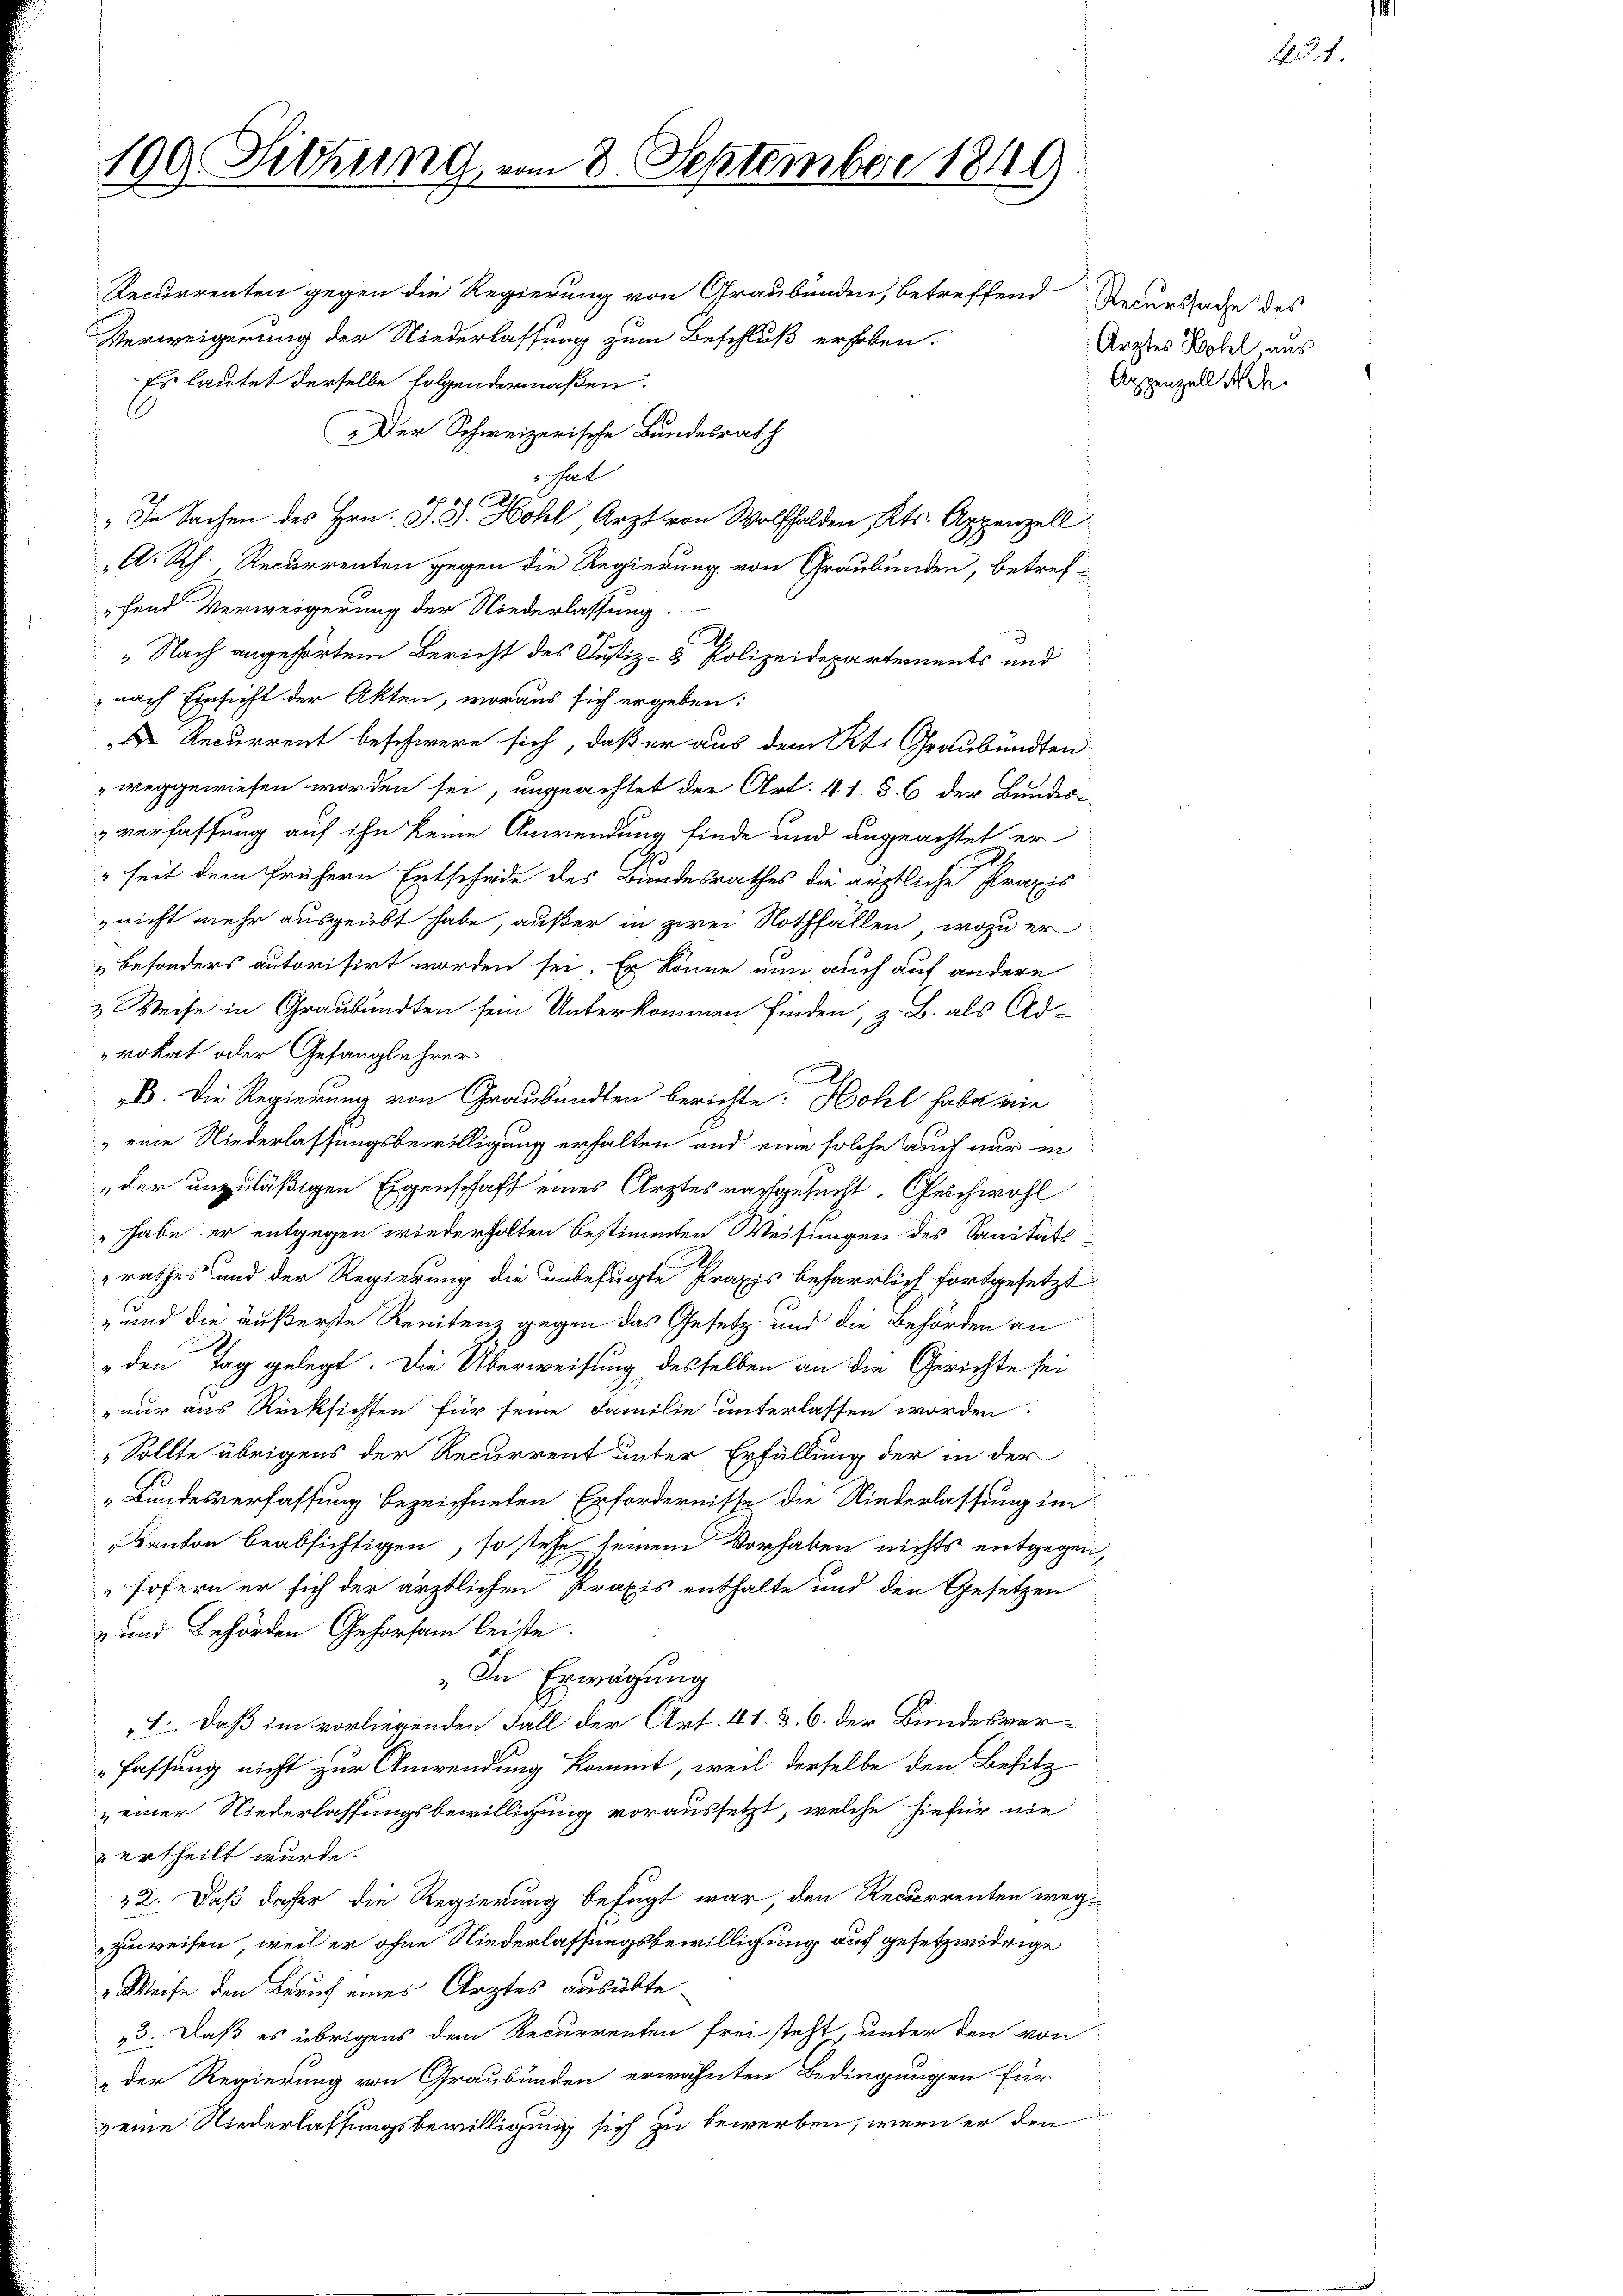
Recurrenten gegen die Regierung von Graubünden, betreffend Recurssade des
Verweigerung der Niederlassung zum Beschluß erhoben.
Es lautet derselbe folgendermaßen.
 Der Schweizerische Bundesrath
hal
" In Sachen des Hrn. J. J. Hohl Arzt von Wolfhalden Kts. Appenzell
A. Rh. Recurrenten gegen die Regierung von Graubünden, betreffend Verweigerung der Niederlassung.
d
A
" Nach angehörten Bericht des Justiz- & Polizeidepartements und
nach Einsicht der Akten, woraus sich ergeben:
 Recurrent beschwere sich, daß er aus dem Kt. Graubünden
weggewiesen worden sei, ungeachtet der Art. 41. S. 6 der Bundes-
verfassung auf ihn keine Anwendung finde und angeachtet er
" seit dem frühern Entscheide des Bandesrathes die ärztliche Praxis
„nicht mehr ausgeübt habe, außer in zwei Nothfällen, wozu er
„besonders autorisirt worden sei. Er könne nun auch auf andere
& Weise in Graubünden sein Unterkommen finden, z. B. als Ad-
rokat oder Gefanglehrer
Ah.
B. Die Regierung von Graubünden berichte: Hohl habe wie
„eine Niederlassungsbewilligung erhalten und eine solche auch nur in
"der unzuläßigen Eigenschaft eines Arztes nachgesucht. Geschwohl
" habe er entgegen wiederholten bestimmten Weisungen des Sanitätsrathes und der Regierung die unbefugte Praxis beharrlich fortgesetzt:
- und die äußerste Renitenz gegen das Gesetz und die Behörden an
„den Tag gelegt. Die Überweisung desselben an die Gerichte sei
nur aus Rücksichten für seine Familie unterlassen worden.
„Sollte übrigens der Recurrent unter Erfüllung der in der
„Bundesverfassung bezeichneten Erfordernisse die Niederlassung im
Kanton beabsichtigen, so stehe seinem Vorhaben nichts entgegen,
sofern er sich der ärztlichen Praxis enthalte und den Gesetzen
z und Behörden Gehorsam leiste.
„In Erwägung
1., daß im vorliegenden Fall der Art. 41. 3. 6. der Bundesverfassung nicht zur Anwendung kommt, weil derselbe den Besitz
„einer Niederlassungsbewilligung voraussetzt, welche hiefür nie
 ertheilt wurde.
12. Daß daher die Regierung befügt war, den Recurrenten wegzuweisen, weil er ohne Niederlassungsbewilligung auf gesetzwidrige
Weise den Beruf eines Arztes ausübte
13. Daß es übrigens dem Recurrenten frei steht, unter den von
„der Regierung von Graubünden erwähnten Bedingungen für
& eine Niederlassungsbewilligung sich zu bewerben, wenn er den

100 Sitzung vom 8. September 1849

434.

Arztes Wohl, aus
Appenzell A.